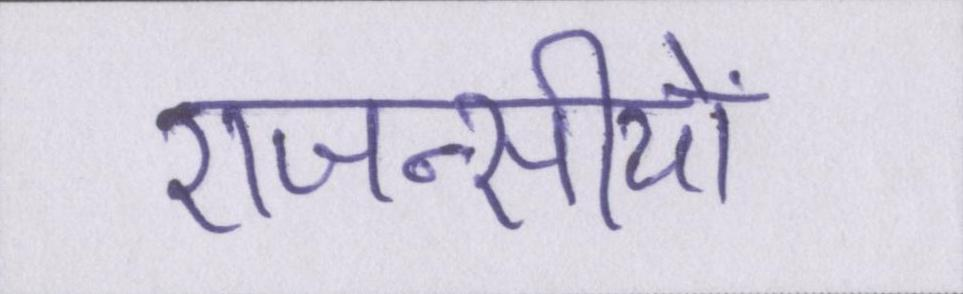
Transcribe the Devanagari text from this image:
एजन्सीयों